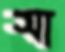
সা